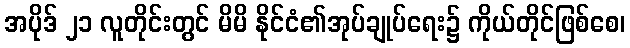
အပိုဒ် ၂၁ လူတိုင်းတွင် မိမိ နိုင်ငံ၏အုပ်ချုပ်ရေး၌ ကိုယ်တိုင်ဖြစ်စေ၊